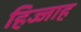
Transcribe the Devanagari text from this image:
हिज्जाह